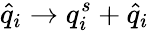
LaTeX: \hat{q}_{i}\rightarrow q_{i}^{s}+\hat{q}_{i}